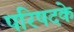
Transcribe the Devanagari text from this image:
परिषदके